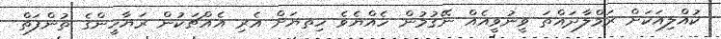
ކުއްލިއަކަށް ރަމްލާދައްތަ ވީނުވީއެއް ނޭގުމުން ހެއްޔެވެ ހިތޔަށް އެރި އެއްޗަކުން ރަޔާހީންގެ ތުންފަތް